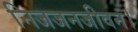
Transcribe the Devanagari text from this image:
निजजनजीवन।